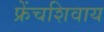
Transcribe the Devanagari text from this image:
फ्रेंचशिवाय